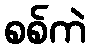
စစ်ကဲ